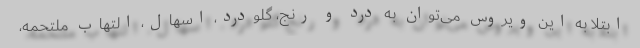
ابتلا به این ویروس می‌توان به درد و رنج، گلودرد، اسهال، التهاب ملتحمه،